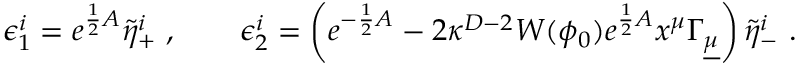
\epsilon _ { 1 } ^ { i } = e ^ { { \frac { 1 } { 2 } } A } \tilde { \eta } _ { + } ^ { i } \ , \qquad \epsilon _ { 2 } ^ { i } = \left( e ^ { - { \frac { 1 } { 2 } } A } - 2 \kappa ^ { D - 2 } W ( \phi _ { 0 } ) e ^ { { \frac { 1 } { 2 } } A } x ^ { \mu } \Gamma _ { \underline { { \mu } } } \right) \tilde { \eta } _ { - } ^ { i } \ .